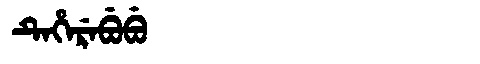
Manchu: ᡨᡝᡥᡝᡵᡝᠪᡠᠪᡠ
Romanization: TEHEREBUBU